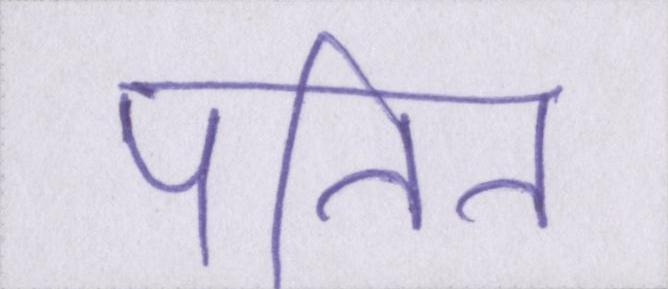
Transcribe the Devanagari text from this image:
पतित